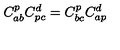
C _ { a b } ^ { p } C _ { p c } ^ { d } = C _ { b c } ^ { p } C _ { a p } ^ { d }